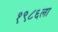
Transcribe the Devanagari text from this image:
१९८६ला